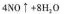
4 N O (^\uparrow ) + 8 H _{2} O$$